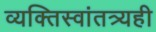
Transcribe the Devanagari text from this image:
व्यक्तिस्वांतत्र्यही